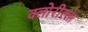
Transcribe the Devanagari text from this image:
क्लोरील्ला